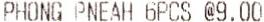
PHONG PNEAH 6PCS @9.00